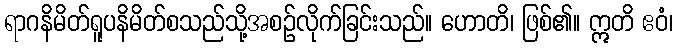
ရာဂနိမိတ်ရူပနိမိတ်စသည်သို့အစဉ်လိုက်ခြင်းသည်။ ဟောတိ၊ ဖြစ်၏။ ဣတိ ဧဝံ၊